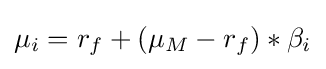
\mu _{i}=r_{f}+(\mu _{M}-r_{f})*\beta _{i}